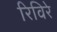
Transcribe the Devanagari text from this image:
रिविरे